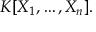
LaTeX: K [ X _ { 1 } , \dots , X _ { n } ] .